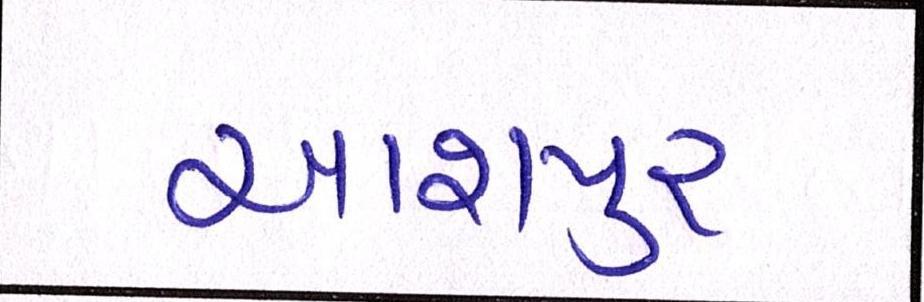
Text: આશપુર